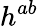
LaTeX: h^{ab}